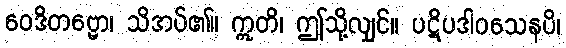
ဝေဒိတဗ္ဗော၊ သိအပ်၏။ ဣတိ၊ ဤသို့လျှင်။ ပဋိပဒါဝသေနပိ၊